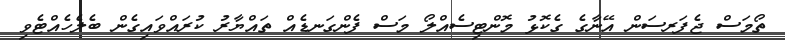
ތޯމަސް ޖެފަރސަން އޭނާގެ ގެކޮޅު މޮންޓިސެއްލޯ މަސް ފެންގަނޑެއް ތައްޔާރު ކުރައްވައިގެން ބެލެހެއްޓެވި